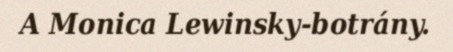
A Monica Lewinsky-botrány.